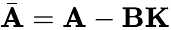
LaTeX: {\bar{\mathbf{A}}}=\mathbf{A}-\mathbf{B}\mathbf{K}